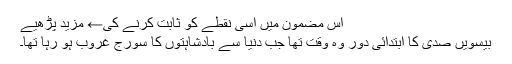
اس مضمون میں اسی نقطے کو ثابت کرنے کی← مزید پڑھیے
بیسویں صدی کا ابتدائی دور وہ وقت تھا جب دنیا سے بادشاہتوں کا سورج غروب ہو رہا تھا۔